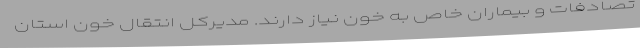
تصادفات و بیماران خاص به خون نیاز دارند. مدیرکل انتقال خون استان